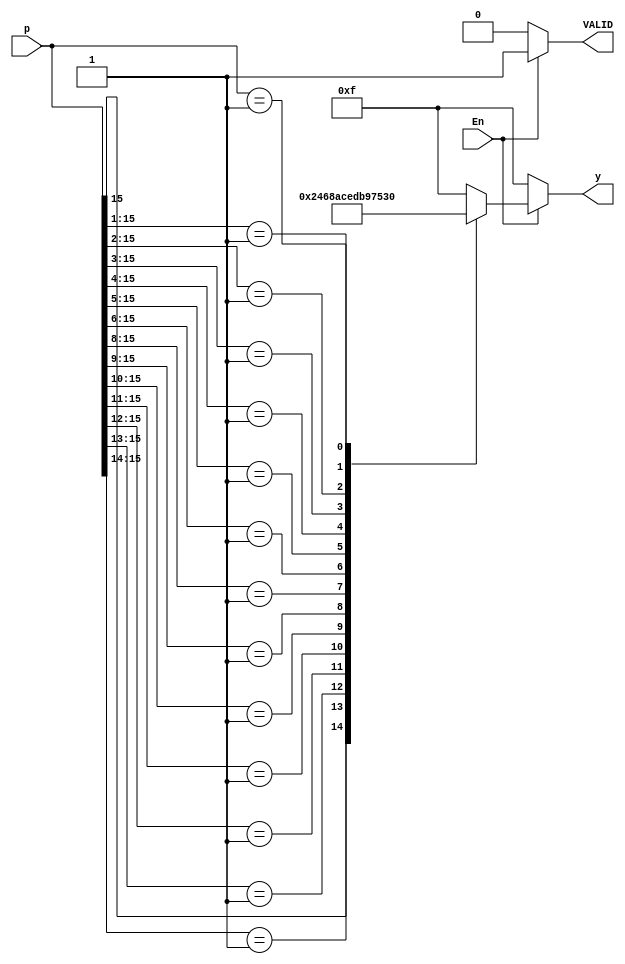
module Priority_Encoder(


input [15:0] p,
input En,

output reg VALID,

output reg [3:0] y
);

reg [3:0] y1;

always @ (p)
begin

casex(p)
16'b1xxxxxxxxxxxxxxx : y=4'b0000;
16'b01xxxxxxxxxxxxxx : y=4'b0010;
16'b001xxxxxxxxxxxxx : y=4'b0100;
16'b0001xxxxxxxxxxxx : y=4'b0110;
16'b00001xxxxxxxxxxx : y=4'b1000;
16'b000001xxxxxxxxxx : y=4'b1010;
16'b0000001xxxxxxxxx : y=4'b1100;
16'b00000001xxxxxxxx : y=4'b1110;
16'b000000001xxxxxxx : y=4'b1111;
16'b0000000001xxxxxx : y=4'b1101;
16'b00000000001xxxxx : y=4'b1011;
16'b000000000001xxxx : y=4'b1001;
16'b0000000000001xxx : y=4'b0111;
16'b00000000000001xx : y=4'b0101;
16'b000000000000001x : y=4'b0011;
16'b0000000000000001 : y=4'b0001;
default : y = 4'b1111;
endcase



begin
if(En==1'b0)
begin
 y = 4'b1111;
 VALID <= 1'b0;
 end
 
 else
 begin
 
 VALID <= 1'b1;
 end
 
end
 
end
endmodule